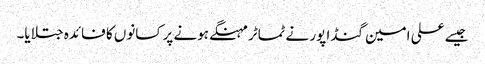
جیسے علی امین گنڈا پور نے ٹماٹر مہنگے ہونے پر کسانوں کا فائدہ جتلایا۔